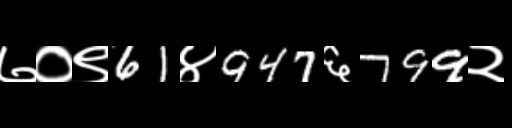
Text: ७०९61४947६799२